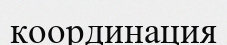
координация